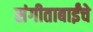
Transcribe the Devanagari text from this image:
संगीताबाईंचे